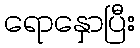
ရောနှောပြီး